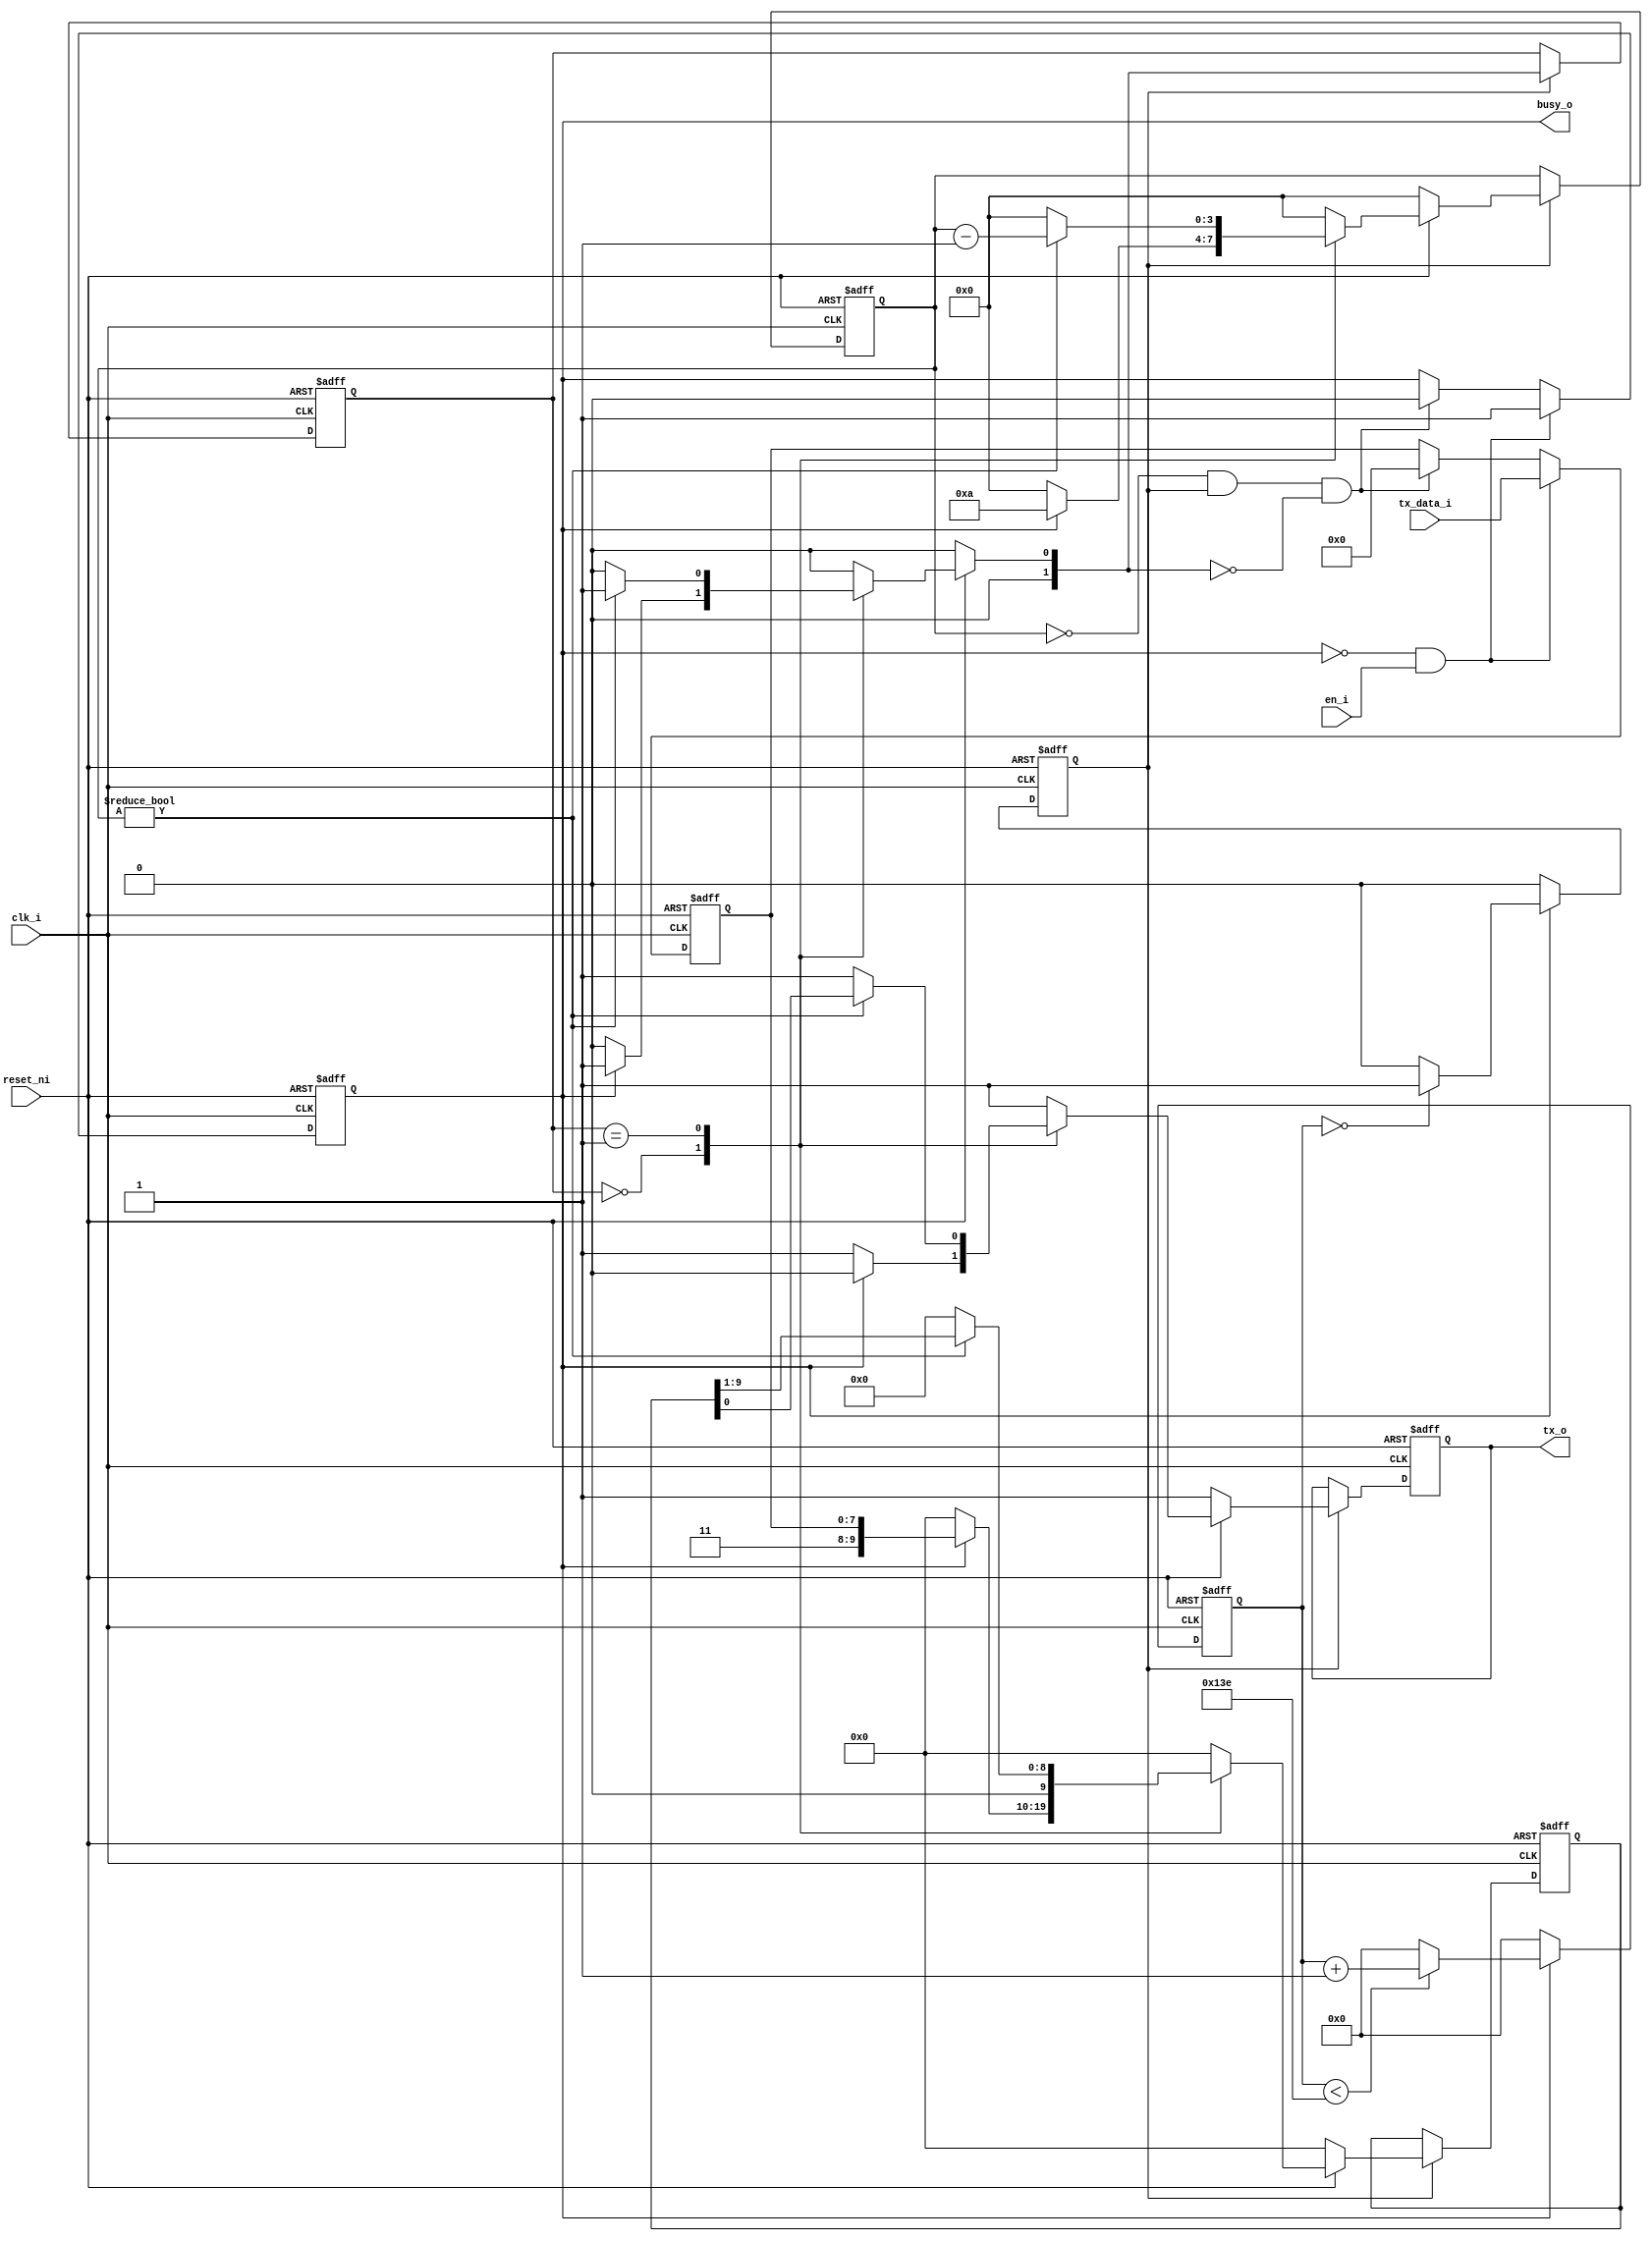
module uart_tx (
	input wire clk_i,
	input wire reset_ni,
	input wire [7:0] tx_data_i,
	input wire en_i,
	output wire tx_o,
	output wire busy_o
);

parameter BAUD_DIVIDER = 16'h013F; //36.75MHz/115200baud = 319

reg tx_output_d;
reg tx_output_q = 1'b1;

reg [15:0] clk_counter_q = 'b0;
reg clk_en_baud_q = 1'b0;

reg [9:0] tx_d; // 1 start bit, 8 bit data, 2 stop bit, no parity
reg [9:0] tx_q = 'b0; // 1 start bit, 8 bit data, 2 stop bit, no parity

reg busy_q = 1'b0;
reg [7:0] tx_data_q = 'b0;

reg [1:0] tx_state_q = TX_STATE_IDLE;
reg [1:0] tx_state_d;
reg [3:0] tx_counter_q = 'b0;
reg [3:0] tx_counter_d;
parameter TX_STATE_IDLE = 2'b00;
parameter TX_STATE_TRANSMIT = 2'b01;
 
 //handle busy flag:
always @ (posedge clk_i, negedge reset_ni)
    begin: BUSY_FLAG_GEN
        if (!reset_ni)
			begin
            busy_q <= 1'b0;
			tx_data_q <= 8'h00;
			end
        else if (!busy_q & en_i)
			begin
            busy_q <= 1'b1;
			tx_data_q <= tx_data_i; //buffer input
			end
        else if ((tx_counter_q == 4'b0000) & clk_en_baud_q & tx_state_d == TX_STATE_IDLE )
			begin
            busy_q <= 1'b0;
			tx_data_q <= 8'h00;
			end 
    end
assign busy_o = busy_q;

//clk divider for baud-rate
always @ (posedge clk_i, negedge reset_ni)
    begin: BAUDRATE_GENERATOR
        if(!reset_ni)
            begin
            clk_counter_q <= 16'h0000;
            clk_en_baud_q <= 1'b0;
            end
        else
            begin
			if (busy_q)
				begin
				if (clk_counter_q == 16'h0000)
					clk_en_baud_q <= 1'b1;
				else
					clk_en_baud_q <= 1'b0;
					
				if (clk_counter_q < BAUD_DIVIDER-1)
					clk_counter_q <= clk_counter_q + 1;
				else
					clk_counter_q <= 16'h0000;
				end
			else
				begin
				clk_counter_q <= 16'h0000;
				clk_en_baud_q <= 1'b0;
				end
            end
    end

//uart tx state-machine (register)
always @ (posedge clk_i, negedge reset_ni)
    begin: STATEMACHINE_TX
        if (!reset_ni)
            begin
            tx_state_q <= TX_STATE_IDLE;
            tx_q <= 10'b0000000000;
            tx_output_q <= 1'b1;
            tx_counter_q <= 4'h0;
            end
        else if (clk_en_baud_q) //only advance the statemachine with baud-rate speed
            begin
            tx_state_q <= tx_state_d;
            tx_q <= tx_d;
            tx_output_q <= tx_output_d;
            tx_counter_q <= tx_counter_d;
            end
 end

//uart tx state-machine (combinatoric)
always @ (reset_ni, tx_state_q, busy_q, tx_data_q, tx_q, tx_counter_q)
    begin: STATEMACHINE_TX_COMB
        if (!reset_ni)
            begin
            tx_state_d = TX_STATE_IDLE;
            tx_output_d = 1'b1; //always 1 when idle
            tx_d = 10'b0000000000;
            tx_counter_d = 4'b0000;
            end
        else 
			case(tx_state_q)
                TX_STATE_IDLE: 
					if (busy_q)
                        begin
                        tx_state_d = TX_STATE_TRANSMIT;
                        tx_counter_d = 4'b1010; //11 bits to transmit
                        tx_d = {2'b11, tx_data_q}; // 2 stop bit, tx-data, start bt (back to front)
                        tx_output_d = 1'b0; //send start bit
                        end
                    else
                        begin
                        tx_state_d = TX_STATE_IDLE;
                        tx_output_d = 1'b1; //always 1 when idle
                        tx_counter_d = 4'b0000;
						tx_d = 10'b0000000000;
                        end

				TX_STATE_TRANSMIT:
					if (tx_counter_q != 4'b0000)
						begin
						tx_state_d = TX_STATE_TRANSMIT;
						tx_output_d = tx_q[0];
						tx_d = tx_q >> 1;
						tx_counter_d = tx_counter_q -1;
						end
					else
						begin
						tx_state_d = TX_STATE_IDLE; 
						tx_output_d = 1'b1;
						tx_d = 10'b0000000000;
						tx_counter_d = 4'b0000;
						end
                   
                default:
					begin
					tx_state_d = TX_STATE_IDLE; 
					tx_output_d = 1'b1;
					tx_d = 10'b0000000000;
					tx_counter_d = 4'b0000;
					end
            endcase
 
	end
 assign tx_o = tx_output_q;
 
 
endmodule